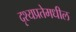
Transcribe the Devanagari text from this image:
दृश्यप्रतेमधील